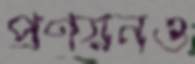
প্রণয়নও